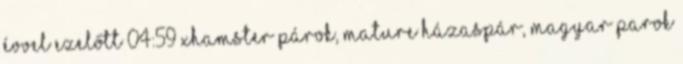
évvel ezelőtt 04:59 xHamster párok, mature házaspár, magyar parok